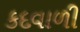
કદવાળી